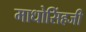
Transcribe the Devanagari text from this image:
माधोसिंहजी